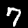
Digit: 7